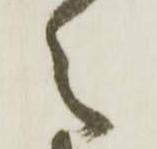
之